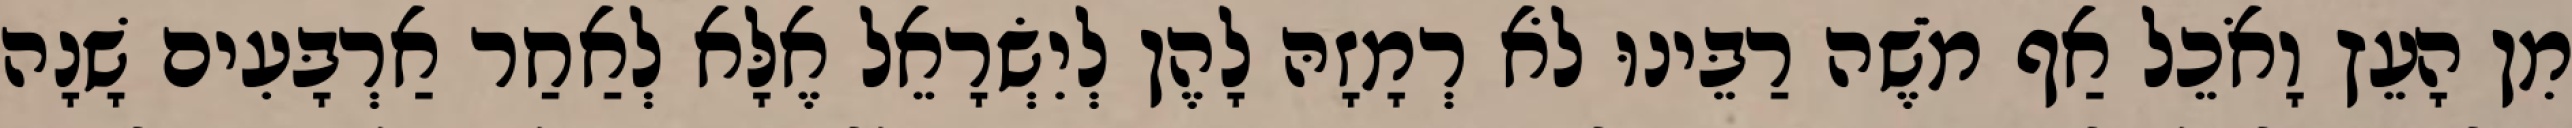
מִן הָעֵץ וָאֹכֵל אַף מֹשֶׁה רַבֵּינוּ לֹא רְמָזָהּ לָהֶן לְיִשְׂרָאֵל אֶלָּא לְאַחַר אַרְבָּעִים שָׁנָה